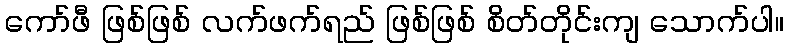
ကော်ဖီ ဖြစ်ဖြစ် လက်ဖက်ရည် ဖြစ်ဖြစ် စိတ်တိုင်းကျ သောက်ပါ။